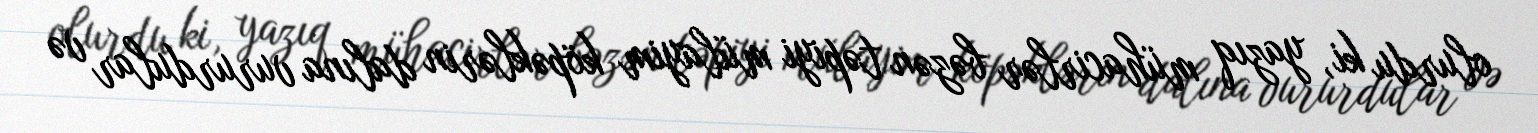
olurdu ki, yazıq mühacirlər bəzən təpiyi mülayim köpəklərin dalına vururdular və